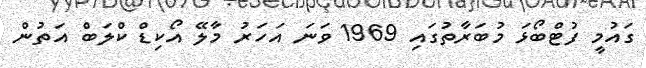
ގައުމީ ފުޓްބޯޅަ މުބަރާތުގައި 1969 ވަނަ އަހަރު މާލޭ އޯކިޑް ކްލަބް އަތުން